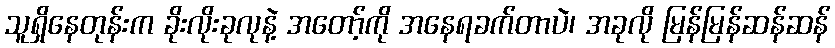
သူရှိနေတုန်းက ခိုးလိုးခုလုနဲ့ အတော့်ကို အနေရခက်တာပဲ၊ အခုလို မြန်မြန်ဆန်ဆန်